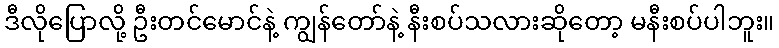
ဒီလိုပြောလို့ ဦးတင်မောင်နဲ့ ကျွန်တော်နဲ့ နီးစပ်သလားဆိုတော့ မနီးစပ်ပါဘူး။